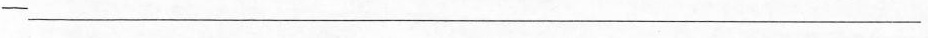
-____